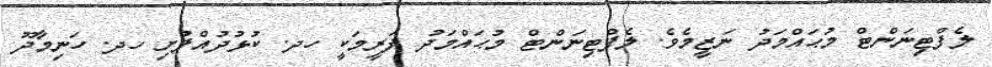
ލެފްޓިނަންޓް މުޙައްމަދު ނަޒީމެވެ. ލެފްޓިނަންޓް މުޙައްމަދު ފަރީމަކީ ހދ. ކުޅުދުއްފުށި ހދ. ހަނިމާދޫ